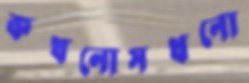
কখনোসখনো